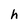
Character: h